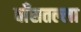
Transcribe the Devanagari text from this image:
बाँसतल्‍ला